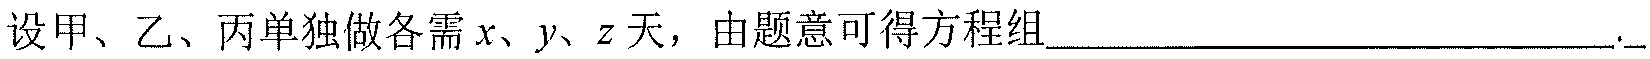
设甲、乙、丙单独做各需\(x、y、z\)天，由题意可得方程组________________________.